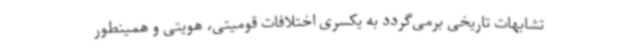
تشابهات تاریخی برمی‌گردد به یکسری اختلافات قومیتی، هویتی و همینطور